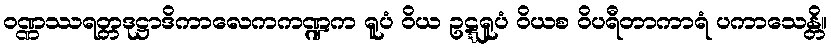
ဝဏ္ဏဿရတ္တဒုဋ္ဌာဒိကာလေကကဏ္ဍက ရူပံ ဝိယ ဥဋ္ဋရူပံ ဝိယစ ဝိပရီတာကာရံ ပကာသေန္တိ။